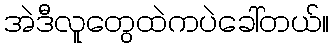
အဲဒီလူတွေထဲကပဲခေါ်တယ်။